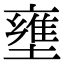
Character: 壅